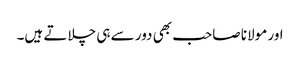
اور مولانا صاحب بھی دور سے ہی چلاتے ہیں۔